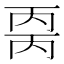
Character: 𰀒